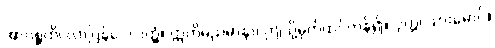
အာဂစ္ဆတိ၊ လာပြန်ပေလတ္တံ့။ ဣတိမညမာနာ၊ ဤသို့မှတ်ထင်ကုန်၍။ ပုတ္တ၊ သားမောင်။